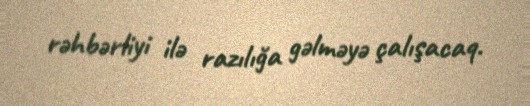
rəhbərliyi ilə razılığa gəlməyə çalışacaq.